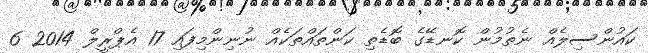
ކައުންސިލެއް ނެތުމުން ކޮނޑޭގެ ބޮޑެތި ކަންތައްތަކެއް ނުނިންމިފައި 17 އެޕްރީލް 2014 6